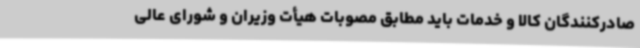
صادرکنندگان کالا و خدمات باید مطابق مصوبات هیأت وزیران و شورای عالی